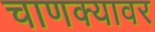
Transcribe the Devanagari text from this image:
चाणक्यावर